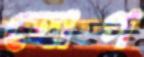
যোগ